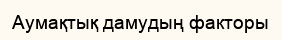
Аумақтық дамудың факторы